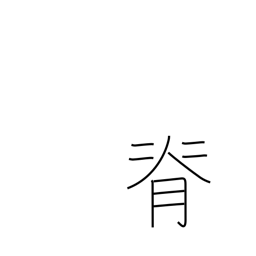
Meaning: stature